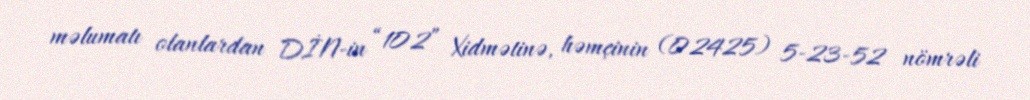
məlumatı olanlardan DİN-in “102” Xidmətinə, həmçinin (02425) 5-23-52 nömrəli